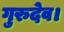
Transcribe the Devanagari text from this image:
गुरुदेव।